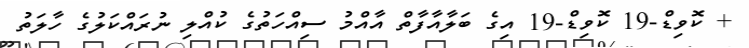
+ ކޮވިޑް-19 ކޮވިޑް-19 އިގެ ބަލާއާފާތް އާއްމު ސިއްހަތުގެ ކުއްލި ނުރައްކަލުގެ ހާލަތު